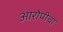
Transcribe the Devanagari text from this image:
आरोपीचा